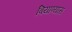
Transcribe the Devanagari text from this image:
बियाण्यास